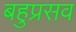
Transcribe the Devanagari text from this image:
बहुप्रसव